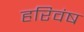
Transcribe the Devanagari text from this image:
हरिवंष